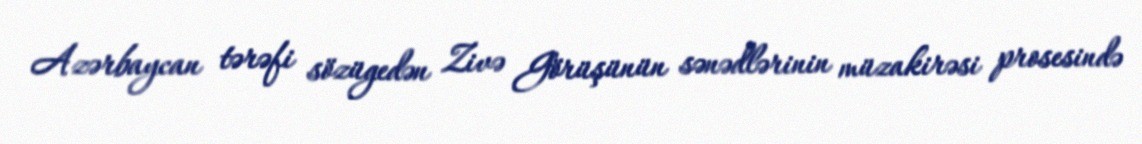
Azərbaycan tərəfi sözügedən Zivə Görüşünün sənədlərinin müzakirəsi prosesində